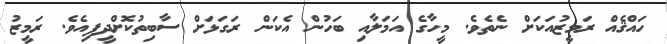
ހައްޤެއް ރަމީޒުއަކަށް ނެތެވެ. މީހާގެ އަމަލާއި ބަހުން އެކަން ރަގަޅަށް ސާބިތުކޮށްދީފިއެވެ. ރަމީޒު